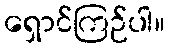
ရှောင်ကြဉ်ပါ။